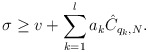
\begin{align*}\sigma\geq v + \sum_{k=1}^l a_k \hat C_{q_k, N}.\end{align*}